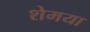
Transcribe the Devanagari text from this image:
शेमया